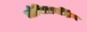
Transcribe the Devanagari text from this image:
मोबिलायझिंग